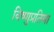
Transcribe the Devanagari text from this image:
विष्णुप्रतिमा